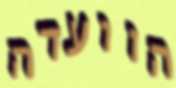
הוועדה